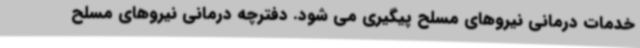
خدمات درمانی نیروهای مسلح پیگیری می شود. دفترچه درمانی نیروهای مسلح